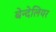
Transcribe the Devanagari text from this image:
बेन्देलियर